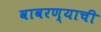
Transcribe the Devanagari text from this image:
वावरण्याची